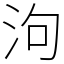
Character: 泃